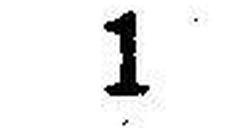
1